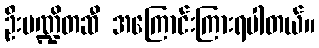
ဦးပဏ္ဍိတဆီ အကြောင်းကြားရပါတယ်။